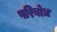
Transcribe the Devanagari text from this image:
परिबोध